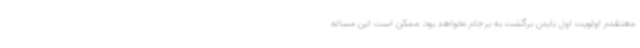
معتقدم اولویت اول بایدن برگشت به برجام نخواهد بود. ممکن است این مساله